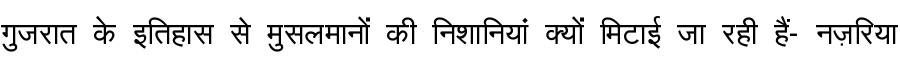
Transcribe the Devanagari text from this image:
गुजरात के इतिहास से मुसलमानों की निशानियां क्यों मिटाई जा रही हैं- नज़रिया